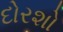
દોરશો